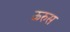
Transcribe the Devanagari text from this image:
ऊरुस